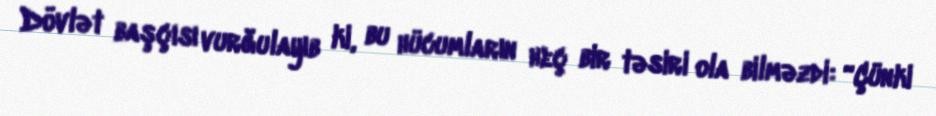
Dövlət başçısı vurğulayıb ki, bu hücumların heç bir təsiri ola bilməzdi: “Çünki